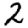
Digit: 2